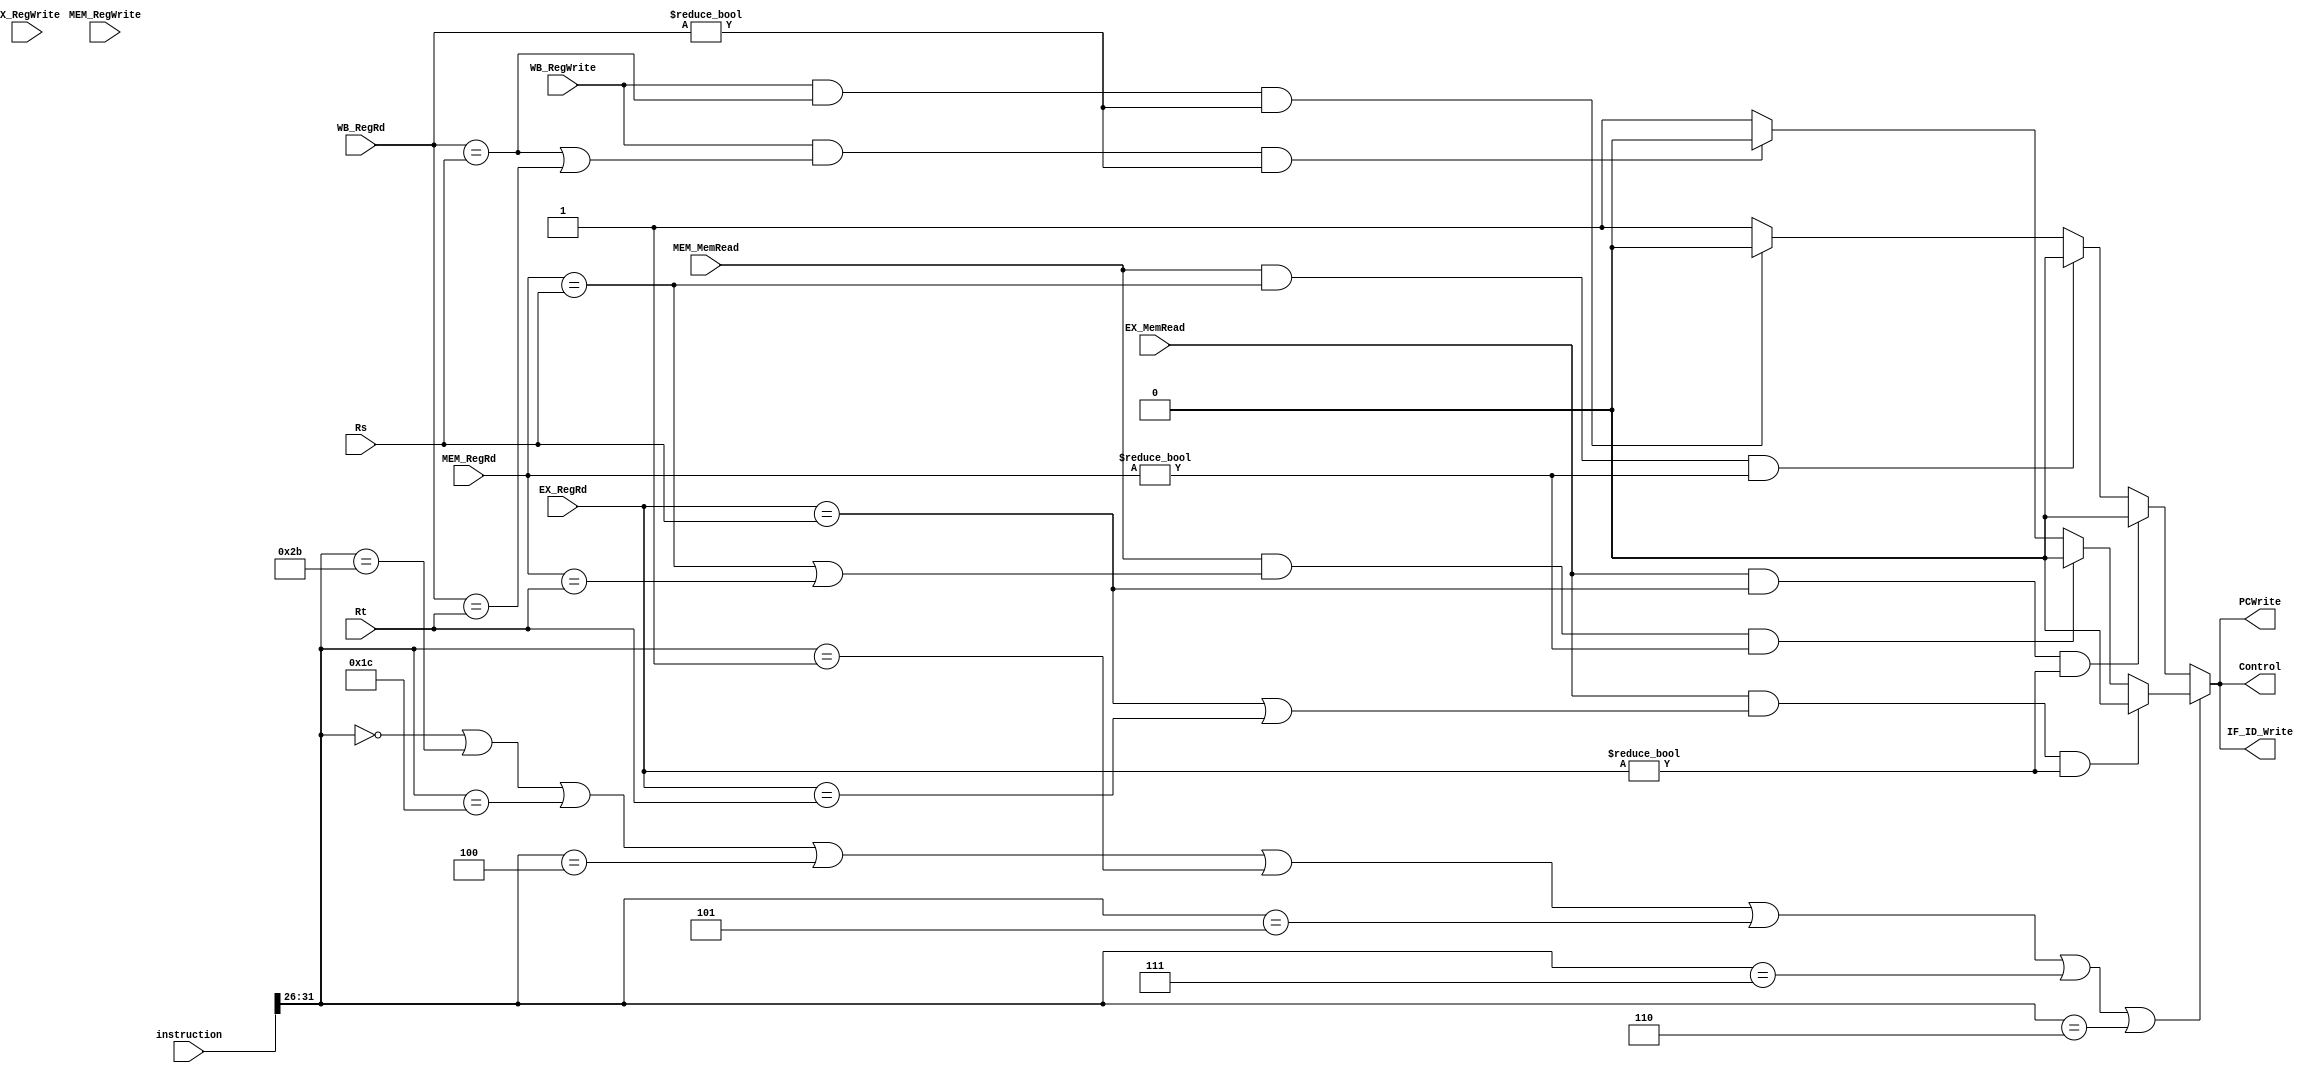
`timescale 1ns / 1ps
//////////////////////////////////////////////////////////////////////////////////
// Company: 
// Engineer: 
// 
// Design Name: 
// Module Name: Hazard
// Project Name: 
// Target Devices: 
// Tool Versions: 
// Description: 
// 
// Dependencies: 
// 
// Revision:
// Revision 0.01 - File Created
// Additional Comments:
// 
//////////////////////////////////////////////////////////////////////////////////


module Hazard(Rs, Rt, EX_RegWrite, EX_RegRd, EX_MemRead,
        MEM_RegWrite, MEM_RegRd, MEM_MemRead,
        WB_RegWrite, WB_RegRd,
        PCWrite, IF_ID_Write, Control,
        instruction);
        
    input EX_RegWrite, EX_MemRead, MEM_RegWrite, MEM_MemRead, WB_RegWrite;
    input [4:0] Rs, Rt, EX_RegRd, MEM_RegRd, WB_RegRd;
    input [31:0] instruction;
    output reg PCWrite, IF_ID_Write, Control;
    
    
    always @ (*) begin
//        if ((EX_MemRead == 1) && (EX_RegRd != 0)) begin
//            PCWrite <= 0;
//            IF_ID_Write <= 0;
//            Control <= 0;
//        end
//        else if ((MEM_MemRead == 1) && (MEM_RegRd != 0)) begin
//            PCWrite <= 0;
//            IF_ID_Write <= 0;
//            Control <= 0;
//        end
//        else begin
//            PCWrite <= 1;
//            IF_ID_Write <= 1;
//            Control <= 1;
//        end
        if (instruction[31:26] == 6'b000000 || instruction[31:26] == 6'b101011 ||
            instruction[31:26] == 6'b011100 ||
            instruction[31:26] == 6'b000100 || instruction[31:26] == 6'b000001 || instruction[31:26] == 6'b000101 ||
            instruction[31:26] == 6'b000111 || instruction[31:26] == 6'b000110) begin // r-types, sw, branches
            if ((EX_MemRead == 1) && ((EX_RegRd == Rs) || (EX_RegRd == Rt)) && EX_RegRd != 0) begin
                PCWrite <= 0;
                IF_ID_Write <= 0;
                Control <= 0;
            end
            else if ((MEM_MemRead == 1) && ((MEM_RegRd == Rs) || (MEM_RegRd == Rt)) && MEM_RegRd != 0) begin
                PCWrite <= 0;
                IF_ID_Write <= 0;
                Control <= 0;
            end
            else if ((WB_RegWrite == 1) && ((WB_RegRd == Rs) || (WB_RegRd == Rt)) && WB_RegRd != 0) begin
                PCWrite <= 0;
                IF_ID_Write <= 0;
                Control <= 0;
            end
            else begin
                PCWrite <= 1;
                IF_ID_Write <= 1;
                Control <= 1;
            end
        end
//        else if (instruction[31:26] == 6'b000100 || instruction[31:26] == 6'b000001 || instruction[31:26] == 6'b000101 ||
//            instruction[31:26] == 6'b000111 || instruction[31:26] == 6'b000110) begin
//            if (EX_MemRead == 1 && EX_RegRd != 0) begin
//                PCWrite <= 0;
//                IF_ID_Write <= 0;
//                Control <= 0;
//            end
//            else if (MEM_MemRead == 1 && MEM_RegRd != 0) begin
//                PCWrite <= 0;
//                IF_ID_Write <= 0;
//                Control <= 0;
//            end
//            else begin
//                PCWrite <= 1;
//                IF_ID_Write <= 1;
//                Control <= 1;
//            end
//        end
        else begin // immediates and lw
            if ((EX_MemRead == 1) && (EX_RegRd == Rs) && EX_RegRd != 0) begin
                PCWrite <= 0;
                IF_ID_Write <= 0;
                Control <= 0;
            end
            else if ((MEM_MemRead == 1) && (MEM_RegRd == Rs) && MEM_RegRd != 0) begin
                PCWrite <= 0;
                IF_ID_Write <= 0;
                Control <= 0;
            end
            else if ((WB_RegWrite == 1) && (WB_RegRd == Rs) && WB_RegRd != 0) begin
                PCWrite <= 0;
                IF_ID_Write <= 0;
                Control <= 0;
            end
            else begin
                PCWrite <= 1;
                IF_ID_Write <= 1;
                Control <= 1;
            end
        end
    end
    
endmodule